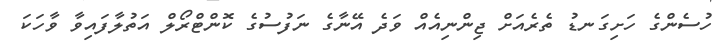
ހުސެންގެ ހަށިގަނޑު ތެރެއަށް ޖިންނިއެއް ވަދެ އޭނާގެ ނަފުސުގެ ކޮންޓްރޯލް އަތުލާފައިވާ ވާހަކަ